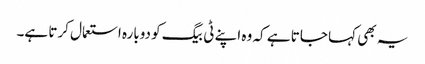
یہ بھی کہا جاتا ہے کہ وہ اپنے ٹی بیگ کو دوبارہ استعمال کرتا ہے۔